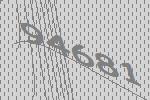
94681